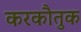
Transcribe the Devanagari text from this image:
करकौतुक